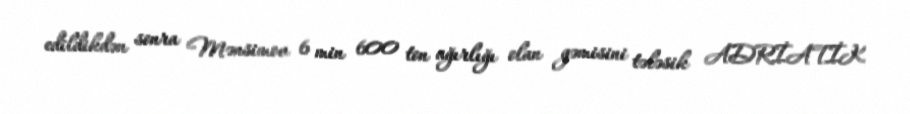
edildikdən sonra Mənsimov 6 min 600 ton ağırlığı olan gəmisini tələsik ADRİATİK